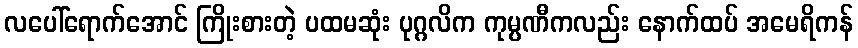
လပေါ်ရောက်အောင် ကြိုးစားတဲ့ ပထမဆုံး ပုဂ္ဂလိက ကုမ္ပဏီကလည်း နောက်ထပ် အမေရိကန်